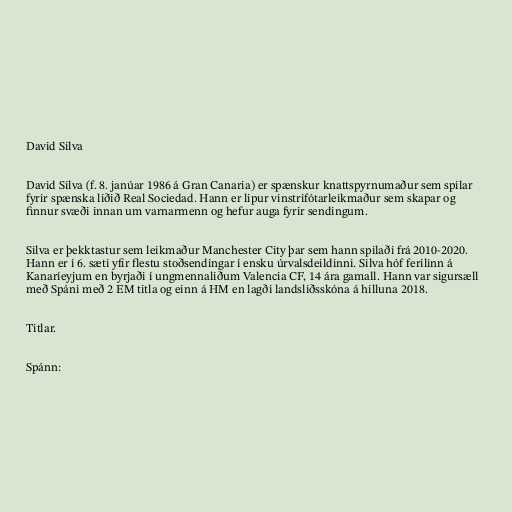
David Silva

David Silva (f. 8. janúar 1986 á Gran Canaria) er spænskur knattspyrnumaður sem spilar
fyrir spænska liðið Real Sociedad. Hann er lipur vinstrifótarleikmaður sem skapar og
finnur svæði innan um varnarmenn og hefur auga fyrir sendingum.

Silva er þekktastur sem leikmaður Manchester City þar sem hann spilaði frá 2010-2020.
Hann er í 6. sæti yfir flestu stoðsendingar í ensku úrvalsdeildinni. Silva hóf ferilinn á
Kanaríeyjum en byrjaði í ungmennaliðum Valencia CF, 14 ára gamall. Hann var sigursæll
með Spáni með 2 EM titla og einn á HM en lagði landsliðsskóna á hilluna 2018.

Titlar.

Spánn: